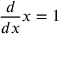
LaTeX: { \frac { d } { d x } } x = 1